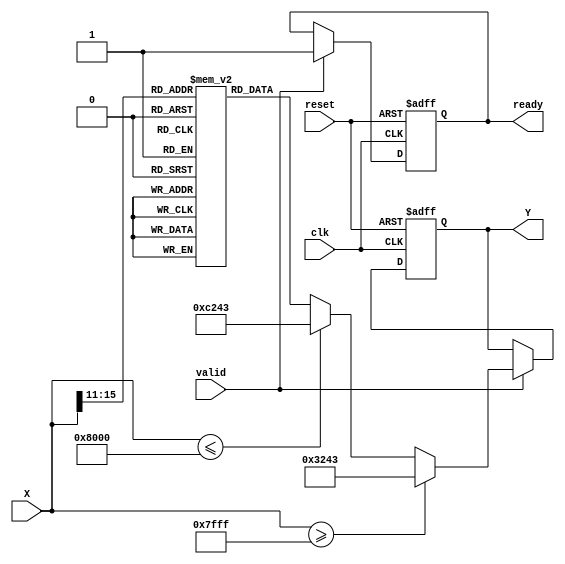
module atan (
    input wire clk,
    input wire reset,
    input wire [15:0] X,       // Fixed-point input representation
    output reg [15:0] Y,       // Fixed-point output representation
    input wire valid,          // Input valid signal
    output reg ready           // Output ready signal
);

    parameter PI_OVER_2 = 16'h3243; // /2 in fixed-point (16.16 format)
    parameter NEG_PI_OVER_2 = 16'hC243; // -/2 in fixed-point (16.16 format)

    // LUT for atan approximation
    reg [15:0] atan_lut [0:31]; // LUT for 32 values

    // Initialize the lookup table
    initial begin
        atan_lut[0] = 16'h0000;  // atan(0) = 0
        atan_lut[1] = 16'h0041;  // atan(0.1) ~ 0.099668
        atan_lut[2] = 16'h0082;  // atan(0.2) ~ 0.1974
        atan_lut[3] = 16'h00C3;  // atan(0.3) ~ 0.291006
        atan_lut[4] = 16'h0105;  // atan(0.4) ~ 0.380506
        atan_lut[5] = 16'h0147;  // atan(0.5) ~ 0.463648
        atan_lut[6] = 16'h0188;  // atan(0.6) ~ 0.54042
        atan_lut[7] = 16'h01C9;  // atan(0.7) ~ 0.610725
        atan_lut[8] = 16'h020A;  // atan(0.8) ~ 0.674740
        atan_lut[9] = 16'h024C;  // atan(0.9) ~ 0.733038
        atan_lut[10] = 16'h028E; // atan(1.0) = /4
        atan_lut[11] = 16'h02D0; // atan(1.1)
        atan_lut[12] = 16'h0311; // atan(1.2)
        atan_lut[13] = 16'h0353; // atan(1.3)
        atan_lut[14] = 16'h0394; // atan(1.4)
        atan_lut[15] = 16'h03D5; // atan(1.5)
        atan_lut[16] = 16'h0416; // atan(1.6)
        atan_lut[17] = 16'h0457; // atan(1.7)
        atan_lut[18] = 16'h0498; // atan(1.8)
        atan_lut[19] = 16'h04D9; // atan(1.9)
        atan_lut[20] = 16'h051B; // atan(2.0)
        atan_lut[21] = 16'h055C; // atan(2.1)
        atan_lut[22] = 16'h059D; // atan(2.2)
        atan_lut[23] = 16'h05DE; // atan(2.3)
        atan_lut[24] = 16'h0620; // atan(2.4)
        atan_lut[25] = 16'h0661; // atan(2.5)
        atan_lut[26] = 16'h06A2; // atan(2.6)
        atan_lut[27] = 16'h06E3; // atan(2.7)
        atan_lut[28] = 16'h0724; // atan(2.8)
        atan_lut[29] = 16'h0765; // atan(2.9)
        atan_lut[30] = 16'h07A6; // atan(3.0)
        atan_lut[31] = 16'h07E8; // atan(3.1)
    end

    reg [4:0] index; // LUT index
    reg [15:0] result; // Result of atan computation

    always @(posedge clk or posedge reset) begin
        if (reset) begin
            Y <= 16'h0000;
            ready <= 1'b0;
        end else if (valid) begin
            ready <= 1'b0; // Not ready until computation is done

            // Handle edge cases
            if (X >= 16'h7FFF) begin // Positive infinity
                Y <= PI_OVER_2;
            end else if (X <= 16'h8000) begin // Negative infinity
                Y <= NEG_PI_OVER_2;
            end else begin
                // Determine the index for LUT
                index = X[15:11]; // Use the upper bits for indexing (scale appropriately)
                
                // Fetch atan value from LUT
                result = atan_lut[index];

                // This can also include further processing for better accuracy,
                // like interpolation between LUT values depending on X.

                Y <= result;
            end

            ready <= 1'b1; // Mark output as ready
        end
    end
endmodule